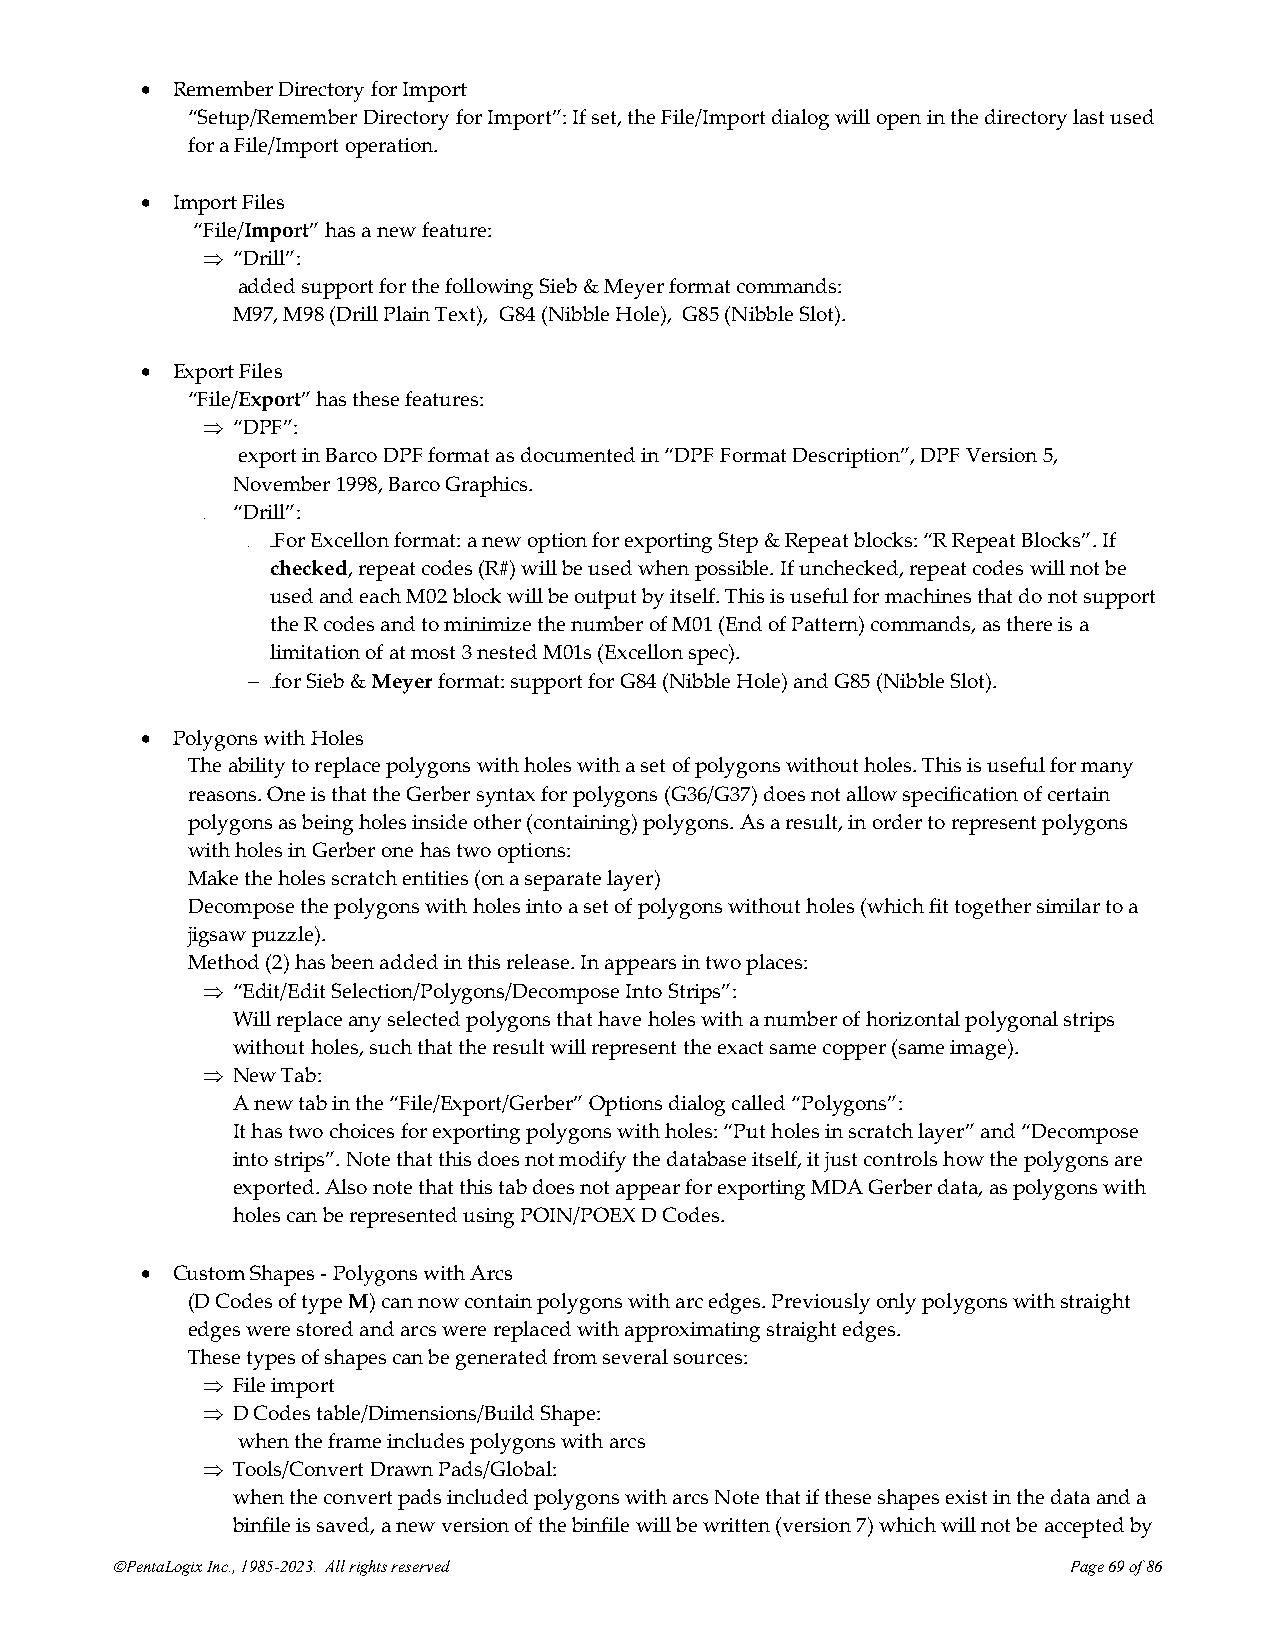
• Remember Directory for Import
 “Setup/Remember Directory for Import”: If set, the File/Import dialog will open in the directory last used
 for a File/Import operation.
 • Import Files
 “File/Import” has a new feature:
  “Drill”:
 added support for the following Sieb & Meyer format commands:
 M97, M98 (Drill Plain Text), G84 (Nibble Hole), G85 (Nibble Slot).
 • Export Files
 “File/Export” has these features:
  “DPF”:
 export in Barco DPF format as documented in “DPF Format Description”, DPF Version 5,
 November 1998, Barco Graphics.
 “Drill”:
 
 For Excellon format: a new option for exporting Step & Repeat blocks: “R Repeat Blocks”. If
 − 669B
 checked, repeat codes (R#) will be used when possible. If unchecked, repeat codes will not be
 used and each M02 block will be output by itself. This is useful for machines that do not support
 the R codes and to minimize the number of M01 (End of Pattern) commands, as there is a
 limitation of at most 3 nested M01s (Excellon spec).
 − for Sieb & Meyer format: support for G84 (Nibble Hole) and G85 (Nibble Slot).
 670B
 • Polygons with Holes
 The ability to replace polygons with holes with a set of polygons without holes. This is useful for many
 reasons. One is that the Gerber syntax for polygons (G36/G37) does not allow specification of certain
 polygons as being holes inside other (containing) polygons. As a result, in order to represent polygons
 with holes in Gerber one has two options:
 Make the holes scratch entities (on a separate layer)
 Decompose the polygons with holes into a set of polygons without holes (which fit together similar to a
 jigsaw puzzle).
 Method (2) has been added in this release. In appears in two places:
  “Edit/Edit Selection/Polygons/Decompose Into Strips”:
 Will replace any selected polygons that have holes with a number of horizontal polygonal strips
 without holes, such that the result will represent the exact same copper (same image).
  New Tab:
 A new tab in the “File/Export/Gerber” Options dialog called “Polygons”:
 It has two choices for exporting polygons with holes: “Put holes in scratch layer” and “Decompose
 into strips”. Note that this does not modify the database itself, it just controls how the polygons are
 exported. Also note that this tab does not appear for exporting MDA Gerber data, as polygons with
 holes can be represented using POIN/POEX D Codes.
 • Custom Shapes - Polygons with Arcs
 (D Codes of type M) can now contain polygons with arc edges. Previously only polygons with straight
 edges were stored and arcs were replaced with approximating straight edges.
 These types of shapes can be generated from several sources:
  File import
  D Codes table/Dimensions/Build Shape:
 when the frame includes polygons with arcs
  Tools/Convert Drawn Pads/Global:
 when the convert pads included polygons with arcs Note that if these shapes exist in the data and a
 binfile is saved, a new version of the binfile will be written (version 7) which will not be accepted by
 ©PentaLogix Inc., 1985-2023. All rights reserved                Page 69 of 86